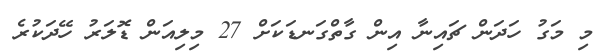
މި މަގު ހަދަން ޗައިނާ އިން ގާތްގަނޑަކަށް 27 މިލިއަން ޑޮލަރު ހޭދަކުރެ